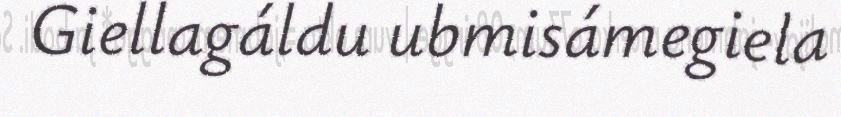
Giellagáldu ubmisámegiela